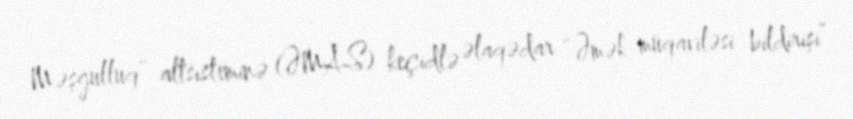
Məşğulluq“ altsisteminə (ƏMAS) keçidlə əlaqədar “Əmək müqaviləsi bildirişi”